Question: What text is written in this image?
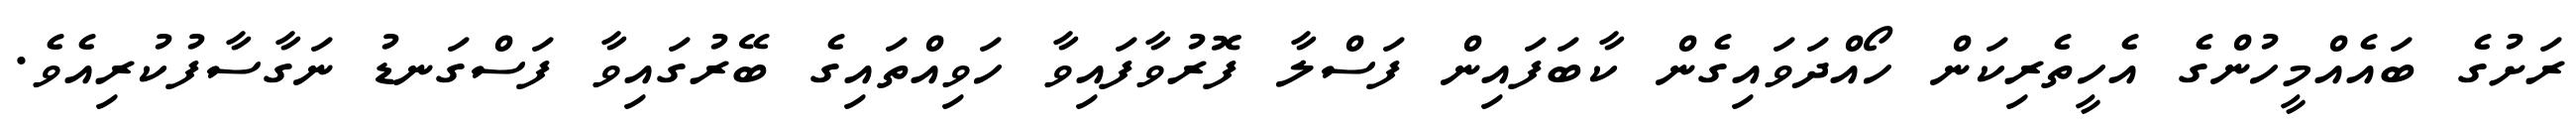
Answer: ރަށުގެ ބައެއްމީހުންގެ އެހީތެރިކަން ހޯއްދަވައިގެން ކާބަފައިން ފަސްލާ ފޮރުވާފައިވާ ހަވިއްތައިގެ ބޭރުގައިވާ ފަސްގަނޑު ނަގާސާފުކުރިއެވެ.